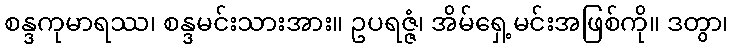
စန္ဒကုမာရဿ၊ စန္ဒမင်းသားအား။ ဥပရဇ္ဇံ၊ အိမ်ရှေ့မင်းအဖြစ်ကို။ ဒတွာ၊